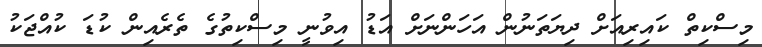
މިސްކިތް ކައިރިއަށް ދިޔަތަނުން އަހަންނަށް އަޑު އިވުނީ މިސްކިތުގެ ތެރެއިން ކުޑަ ކުއްޖަކު